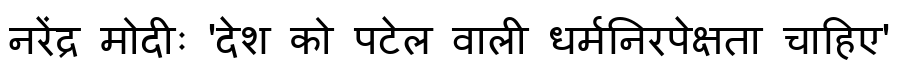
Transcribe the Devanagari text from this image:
नरेंद्र मोदीः 'देश को पटेल वाली धर्मनिरपेक्षता चाहिए'